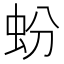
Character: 蚡